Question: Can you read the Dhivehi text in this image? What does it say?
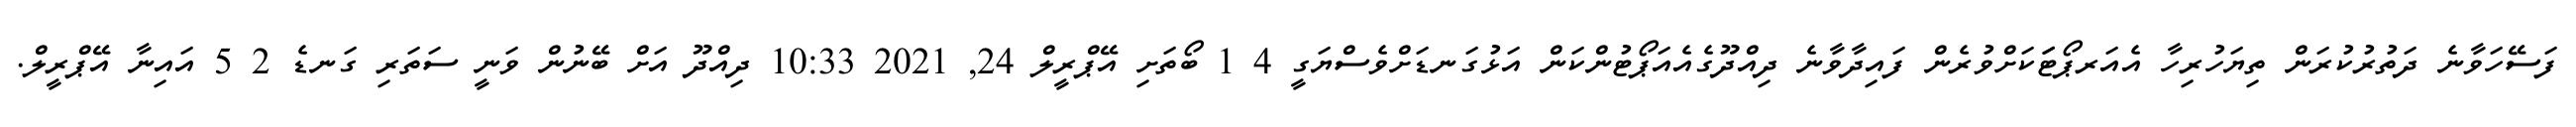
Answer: ފަސޭހަވާނެ ދަތުރުކުރަން ތިޔަހުރިހާ އެއަރޕޯޓަަކަށްވުރެން ފައިދާވާނެ ދިއްދޫގެއެއަޕޯޓުންކަން އަޅުގަނޑަށްވެސްޔަގީ 4 1 ބޯތަށި އޭޕްރީލް 24, 2021 10:33 ދިއްދޫ އަށް ބޭނުން ވަނީ ސަތަރި ގަނޑެ 2 5 އައިނާ އޭޕްރީލް.